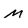
Character: M